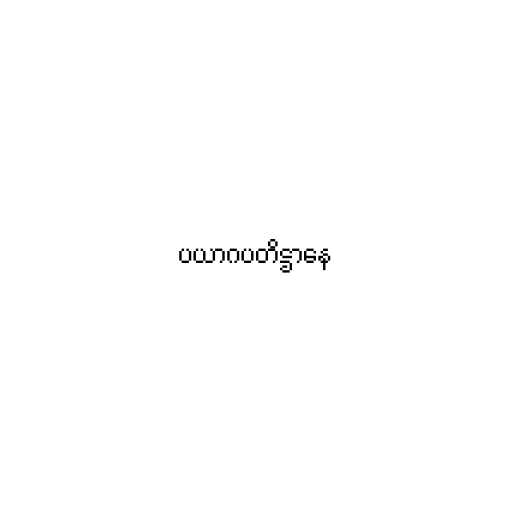
ပယာဂပတိဋ္ဌာနေ